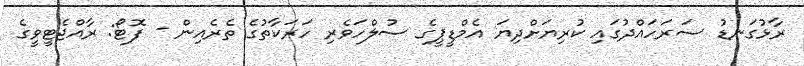
ރާޅުގަނޑު ސަރަހައްދުގައި ކުރިޔަށްދިޔަ އެމްޑީޕީގެ ސުލްހަވެރި ހަރަކާތުގެ ތެރެއިން - ފޮޓޯ: ރާއްޖެޓީވީގެ